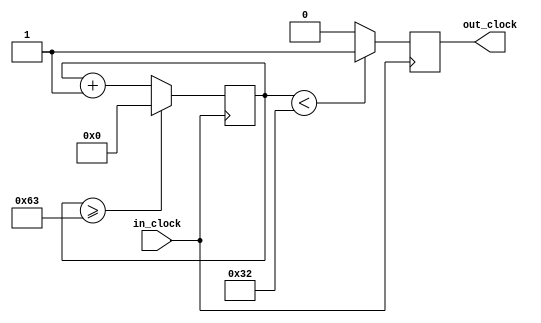
module frequency_divide_by_100 (
    input in_clock,
    output reg out_clock
);

    reg [6:0] count;

    initial begin
        count <= 7'd0;
        out_clock = 1'b0;
    end

    always @(posedge in_clock) begin
        count <= count + 7'd1;

        if (count >= 7'd99) begin
            count <= 7'd0;
        end

        if (count < 7'd50) begin
            out_clock <= 1'b1;
        end else begin
            out_clock <= 1'b0;
        end
    end

endmodule